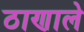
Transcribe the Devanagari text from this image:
ठाणाले